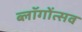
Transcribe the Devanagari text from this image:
ब्लॉगोंत्सव